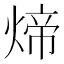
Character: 𬊱